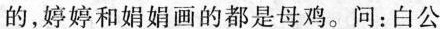
的，婷婷和娟娟画的都是母鸡。问：白公